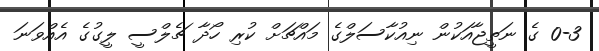
0-3 ގެ ނަތީޖާއަކުން ނިއުކާސަލްގެ މައްޗަށް ކުރި ހޯދާ ޗެލްސީ ލީގުގެ އެއްވަނަ